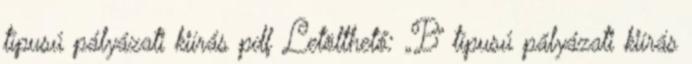
típusú pályázati kiírás pdf Letölthető: „B” típusú pályázati kiírás